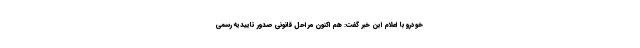
‌خودرو با اعلام این خبر گفت: هم اکنون مراحل قانونی صدور تاییدیه رسمی